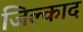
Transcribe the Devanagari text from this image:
जिल्काद